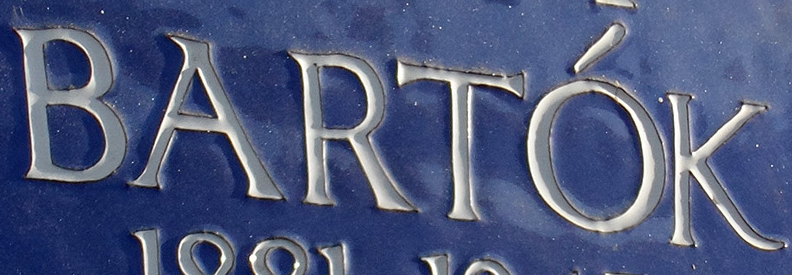
BARTOK